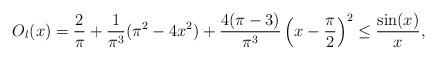
LaTeX: \begin{align*} O_l(x)=\frac{2}{\pi }+\frac{1}{\pi^3}(\pi ^2-4 x^2)+\frac{4(\pi-3)}{\pi^3}\left(x-\frac{\pi}{2}\right)^2\leq\frac{\sin(x)}{x}, \end{align*}